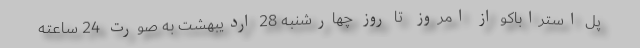
پل استراباکو از امروز ‌ تا روز ‌چهارشنبه 28 اردیبهشت به صورت 24 ساعته‌